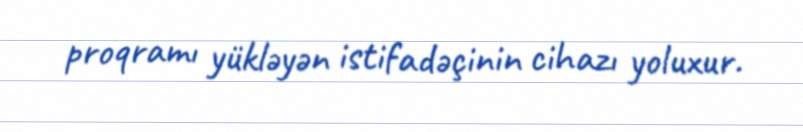
proqramı yükləyən istifadəçinin cihazı yoluxur.